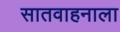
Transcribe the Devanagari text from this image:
सातवाहनाला